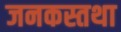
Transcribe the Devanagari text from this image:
जनकस्तथा